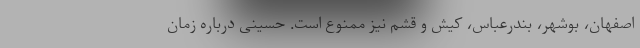
اصفهان، بوشهر، بندرعباس، کیش و قشم نیز ممنوع است. حسینی درباره زمان